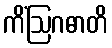
ကိံဩဂဓာတိ